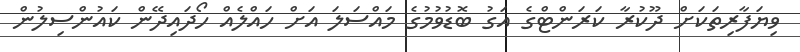
ވިޔަފާރިތަކަށް ދޫކުރާ ކަރަންޓްގެ އަގު ބޮޑުވުމުގެ މައްސަލަ އަށް ހައްލެއް ހޯދައިދޭން ކައުންސިލުން